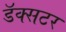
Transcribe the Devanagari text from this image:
डॅक्सटर